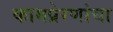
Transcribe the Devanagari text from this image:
कामप्रेरणांचा